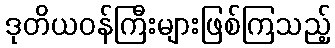
ဒုတိယဝန်ကြီးများဖြစ်ကြသည့်